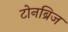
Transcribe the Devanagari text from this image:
टोनब्रिज